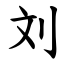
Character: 刘